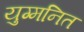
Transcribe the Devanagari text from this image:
युग्‍मनित